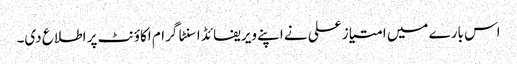
اس بارے میں امتیاز علی نے اپنے ویریفائڈ اسنٹا گرام اکاؤنٹ پر اطلاع دی۔